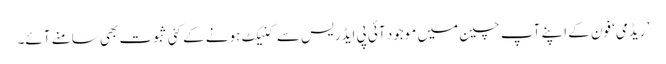
’ریڈمی‘ فون کے اپنے آپ چین میں موجود آئی پی ایڈریس سے کنیکٹ ہونے کے کئی ثبوت بھی سامنے آئے۔